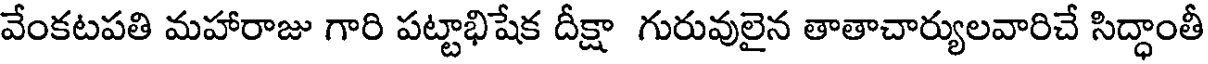
వేంకటపతి మహారాజు గారి పట్టాభిషేక దీక్షా గురువులైన తాతాచార్యులవారిచే సిద్ధాంతీ